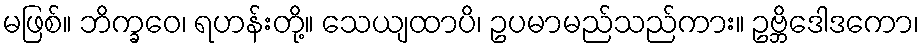
မဖြစ်။ ဘိက္ခဝေ၊ ရဟန်းတို့။ သေယျထာပိ၊ ဥပမာမည်သည်ကား။ ဥဗ္ဘိဒေါဒကော၊